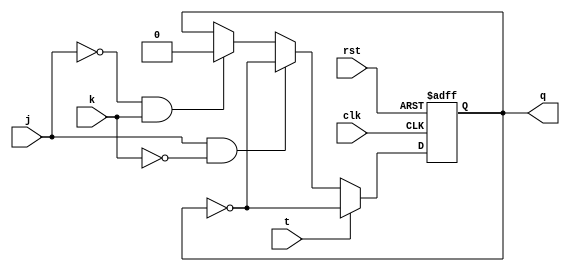
module t_flipflop (
    input wire clk,
    input wire rst,
    input wire j,
    input wire k,
    input wire t,
    output reg q
);

always @(posedge clk or posedge rst) begin
    if (rst) begin
        q <= 0;
    end else begin
        if (t) begin
            q <= ~q;
        end else begin
            if (j & ~k) begin
                q <= ~q;
            end else if (~j & k) begin
                q <= 0;
            end
        end
    end
end

endmodule